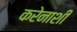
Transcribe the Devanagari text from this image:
करेेनाशी